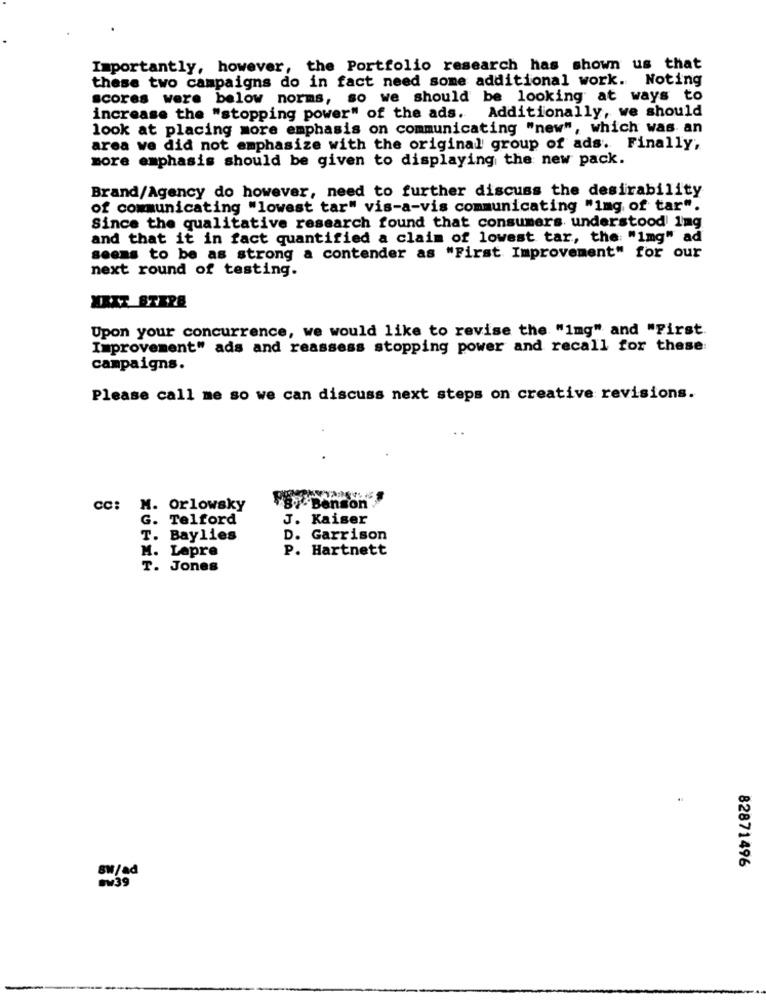
Importantly, however, the Portfolio research has shown us that
these two campaigns do in fact need some additional work. Noting
scores were below norms, so we should be looking at ways to
increase the "stopping power" of the ads. Additionally, we should
look at placing more emphasis on communicating "new", which was an
area we did not emphasize with the original group of ads. Finally,
more emphasis should be given to displaying the new pack.
Brand/Agency do however, need to further discuss the desirability
of communicating "lowest tar" vis-a-vis communicating "1mg of tar".
Since the qualitative research found that consumers understood Ing
and that it in fact quantified a claim of lowest tar, the: "img" ad
seems to be as strong a contender as "First Improvement" for our
next round of testing.
Upon your concurrence, we would like to revise the "img" and "First.
Improvement" ads and reassess stopping power and recall for these:
campaigns.
Please call me so we can discuss next steps on creative revisions.
CC: M. Orlowsky
gy Benson
G. Telford
J. Kaiser
T. Baylies
D. Garrison
P. Hartnett
M. Lapre
T. Jones
82871496
8W/ad
Sv39